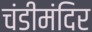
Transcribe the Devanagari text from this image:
चंडीमंदिर